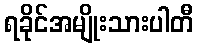
ရခိုင်အမျိုးသားပါတီ